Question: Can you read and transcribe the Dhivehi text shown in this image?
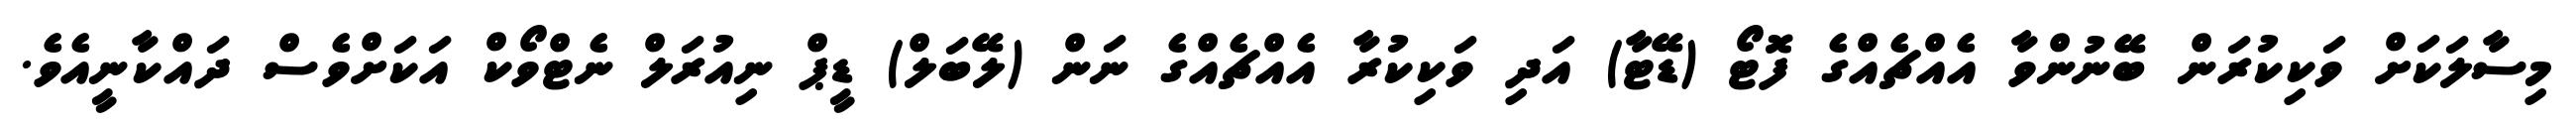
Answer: މިސާލަކަށް ވަކިކުރަން ބޭނުންވާ އެއްޗެއްގެ ފޮޓޯ (ޑޭޓާ) އަދި ވަކިކުރާ އެއްޗެއްގެ ނަން (ލޭބަލް) ޑީޕް ނިއުރަލް ނެޓްވޯކް އަކަށްވެސް ދައްކާނީއެވެ.